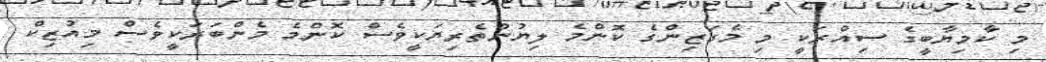
މި ކާމިޔާބީގެ ސިއްރަކީ މި މެގަޒިންގެ ކޮންމެ ލިޔުންތެރިޔަކީވެސް ކޮންމެ މެންބަރަކީވެސް މިއުޒިކް